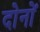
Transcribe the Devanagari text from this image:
दाेनाें